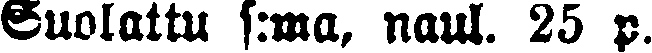
Suolattu s:ma, naul. 25 p.